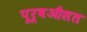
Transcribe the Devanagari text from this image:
पूर्वऔसत